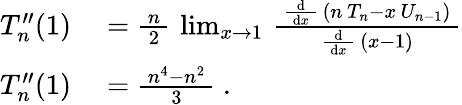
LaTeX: \begin{array}{rl}{T_{n}^{\prime\prime}(1)}&{{}={\frac{\, n\, }{2}}\, \operatorname*{lim}_{x\to 1}\, {\frac{\, {\frac{\mathrm{d}}{\, \mathrm{d}x\, }}\, \left(n\, T_{n}-x\, U_{n-1}\right)\, }{\, {\frac{\mathrm{d}}{\, \mathrm{d}x\, }}\, (x-1)\, }}}\\ {T_{n}^{\prime\prime}(1)}&{{}={\frac{\, n^{4}-n^{2}\, }{3}}~.}\end{array}